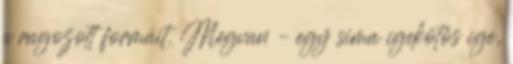
a ragozott formáit. Megvan – egy sima igekötős ige,